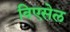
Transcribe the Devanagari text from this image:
विएसेल